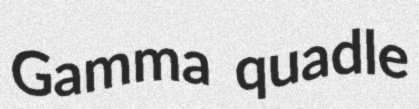
Gamma quadle